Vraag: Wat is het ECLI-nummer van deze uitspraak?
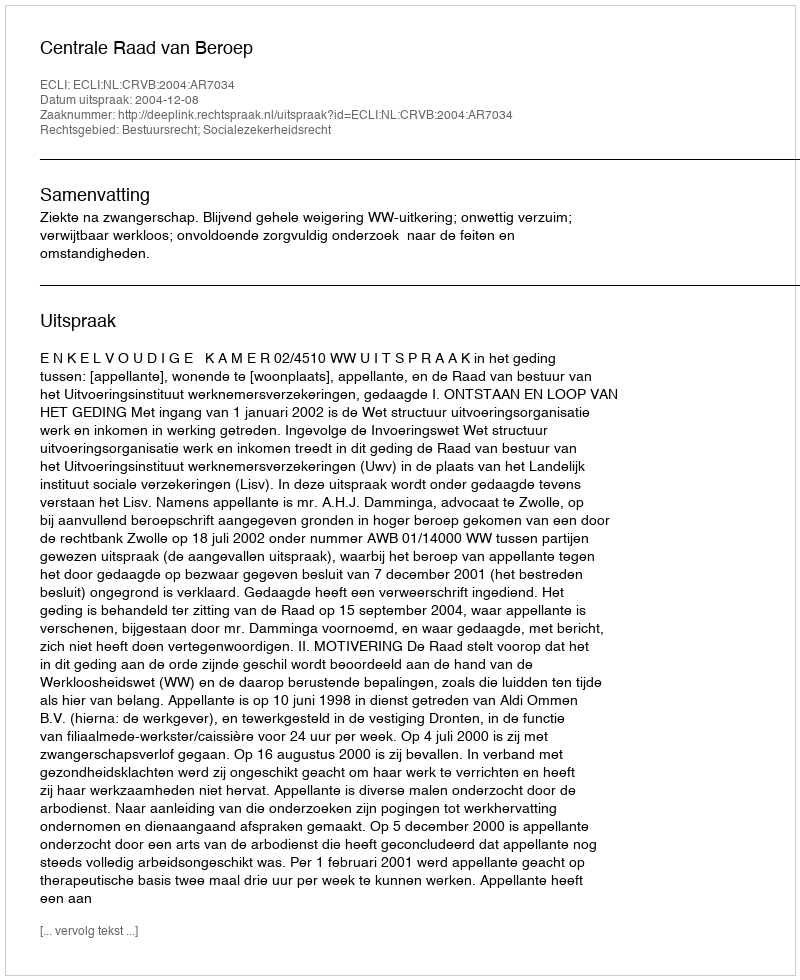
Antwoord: ECLI:NL:CRVB:2004:AR7034